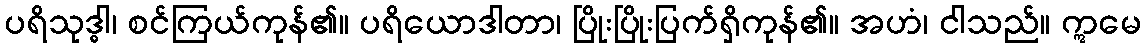
ပရိသုဒ္ဓါ၊ စင်ကြယ်ကုန်၏။ ပရိယောဒါတာ၊ ပြိုးပြိုးပြက်ရှိကုန်၏။ အဟံ၊ ငါသည်။ ဣမေ